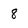
Character: 8